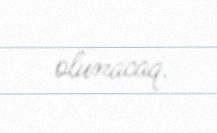
olunacaq.